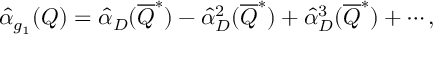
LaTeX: \widehat { \alpha } _ { g _ { 1 } } ( Q ) = \widehat { \alpha } _ { D } ( \overline { { Q } } ^ { * } ) - \widehat { \alpha } _ { D } ^ { 2 } ( \overline { { Q } } ^ { * } ) + \widehat { \alpha } _ { D } ^ { 3 } ( \overline { { Q } } ^ { * } ) + \cdots ,